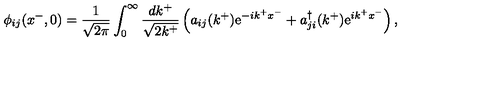
\phi _ { i j } ( x ^ { - } , 0 ) = \frac { 1 } { \sqrt { 2 \pi } } \int _ { 0 } ^ { \infty } \frac { d k ^ { + } } { \sqrt { 2 k ^ { + } } } \left( a _ { i j } ( k ^ { + } ) \mathrm { e } ^ { - i k ^ { + } x ^ { - } } + a _ { j i } ^ { \dag } ( k ^ { + } ) \mathrm { e } ^ { i k ^ { + } x ^ { - } } \right) ,